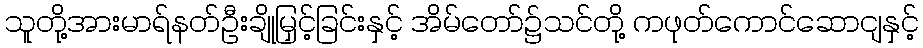
သူတို့အားမာရ်နတ်ဦးချိုမြှင့်ခြင်းနှင့် အိမ်တော်၌သင်တို့ ကဖုတ်ကောင်ဆောငျနှင့်